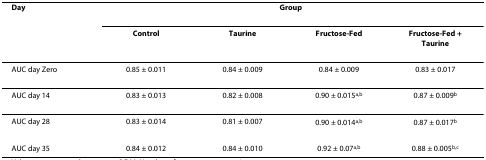
| Day | <COLSPAN=4> Group |
 |  | Control | Taurine | Fructose-Fed | Fructose-Fed + Taurine |
 | --- | --- | --- | --- | --- |
 | AUC day Zero | 0.85 ± 0.011 | 0.84 ± 0.009 | 0.84 ± 0.009 | 0.83 ± 0.017 |
 | AUC day 14 | 0.83 ± 0.013 | 0.82 ± 0.008 | 0.90 ± 0.015a,b | 0.87 ± 0.009b |
 | AUC day 28 | 0.83 ± 0.014 | 0.81 ± 0.007 | 0.90 ± 0.014a,b | 0.87 ± 0.017b |
 | AUC day 35 | 0.84 ± 0.012 | 0.84 ± 0.010 | 0.92 ± 0.07a,b | 0.88 ± 0.005b,c |